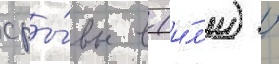
сры́вы в (и́л'и) /